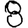
Digit: 8